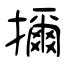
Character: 擟